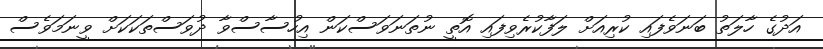
އަދުގެ ހާލަތު ބަނަވެފައި ކުރިއަށް ލަފާކުރެވިފައި އޮތީ ނުތަނަވަސްކަން އިހުސާސްވާ ދުވަސްތަކަކަށް ވީނަމަވެސް